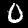
Label: 0